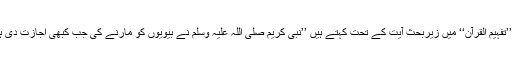
مارنا اصلاح کے لیے ہو، نہ کہ انتقام کے لیے مولانا مودودی ’’تفہیم القرآن‘‘ میں زیربحث آیت کے تحت کہتے ہیں ’’نبی کریم صلی اللہ علیہ وسلم نے بیویوں کو مارنے کی جب کبھی اجازت دی ہے، بادل نخواستہ دی ہے اور پھر بھی اسے ناپسند فرمایا ہے‘‘۔